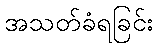
အသတ်ခံရခြင်း